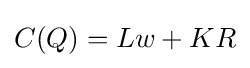
C(Q)=Lw+KR